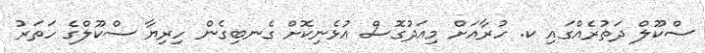
ސްކޫލް ދަތުރެއްގައި ކ. ހުރާއަށް މިއަދުގޮސް އުޅެނިކޮށް ގެނބިގެން ހިރިޔާ ސްކޫލްގެ ހަތަރު